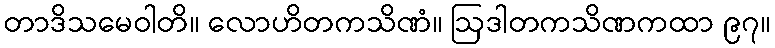
တာဒိသမေဝါတိ။ လောဟိတကသိဏံ။ ဩဒါတကသိဏကထာ ၉၇။